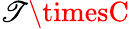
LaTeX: \mathscr{T}\timesC